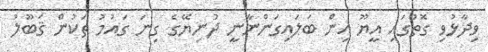
ވިދާޅުވި ގޮތުގައި އީޔޫ އިން ބަލައިގަންނާނީ ދުނިޔޭގެ ގިނަ ގައުމު ތަކުން ޤަބޫލު